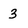
Character: 3